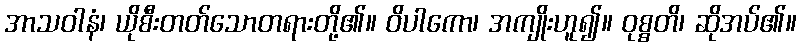
အာသဝါနံ၊ ယိုစီးတတ်သောတရားတို့၏။ ဝိပါကော၊ အကျိုးဟူ၍။ ဝုစ္စတိ၊ ဆိုအပ်၏။